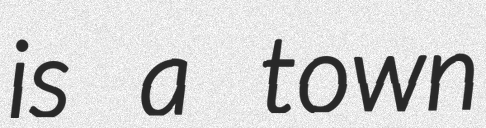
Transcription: is a town